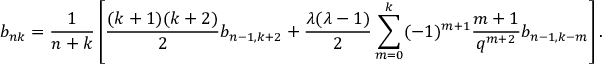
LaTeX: b _ { n k } = \frac { 1 } { n + k } \left[ \frac { ( k + 1 ) ( k + 2 ) } { 2 } b _ { n - 1 , k + 2 } + \frac { \lambda ( \lambda - 1 ) } { 2 } \sum _ { m = 0 } ^ { k } ( - 1 ) ^ { m + 1 } \frac { m + 1 } { q ^ { m + 2 } } b _ { n - 1 , k - m } \right] .